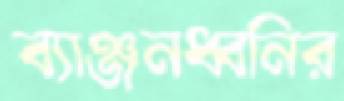
ব্যাঞ্জনধ্বনির